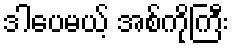
ဒါပေမယ့် အစ်ကိုကြီး